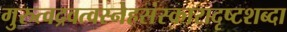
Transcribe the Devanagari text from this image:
गुरुत्वद्रवत्वस्नेहसंस्कारादृष्टशब्दा